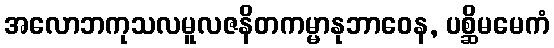
အလောဘကုသလမူလဇနိတကမ္မာနုဘာဝေန, ပစ္ဆိမမေကံ